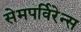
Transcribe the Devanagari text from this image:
सेमपर्विरेन्स